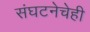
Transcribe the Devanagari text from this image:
संघटनेचेही